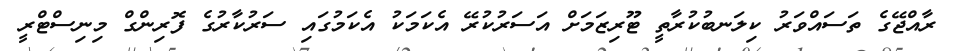
ރާއްޖޭގެ ތަސައްވަރު ކިލަނބުކުރާތީ ޓޫރިޒަމަށް އަސަރުކުރޭ އެކަމަކު އެކަމުގައި ސަރުކާރުގެ ފޮރިންގް މިނިސްޓްރީ